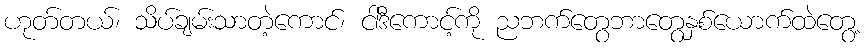
ဟုတ်တယ်၊ သိပ်ချမ်းသာတဲ့ကောင်၊ ငါဒီကောင့်ကို ညဘက်တွေဘာတွေနှစ်ယောက်ထဲတွေ့